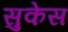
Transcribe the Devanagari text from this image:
सुकेस